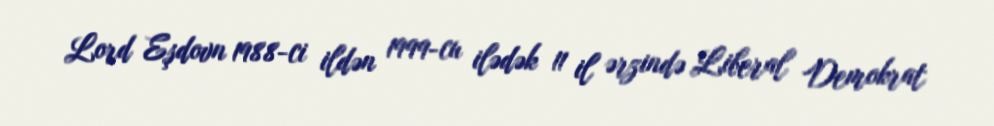
Lord Eşdovn 1988-ci ildən 1999-cu ilədək 11 il ərzində Liberal Demokrat